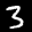
Label: 3